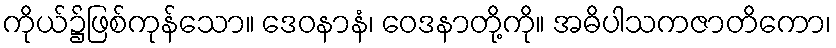
ကိုယ်၌ဖြစ်ကုန်သော။ ဒေဝနာနံ၊ ဝေဒနာတို့ကို။ အဓိပါသကဇာတိကော၊